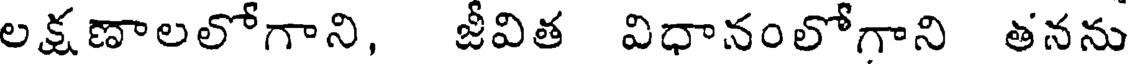
లక్షణాలలోగాని, జీవిత విధానంలోగాని తనను